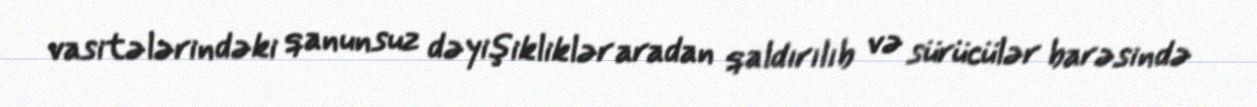
vasitələrindəki qanunsuz dəyişikliklər aradan qaldırılıb və sürücülər barəsində